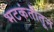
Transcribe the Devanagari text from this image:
भटकंतीतून